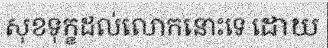
សុខទុក្ខដល់លោកនោះទេ ដោយ